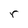
Character: r